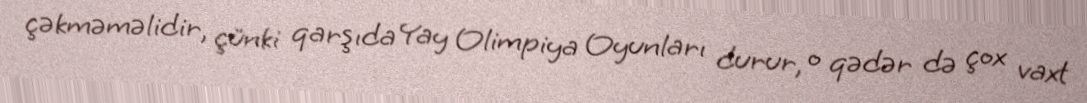
çəkməməlidir, çünki qarşıda Yay Olimpiya Oyunları durur, o qədər də çox vaxt